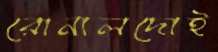
রোনালদোই